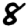
Digit: 8